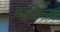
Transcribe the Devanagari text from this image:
काळेंच्या